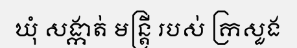
ឃុំ សង្កាត់ មន្ត្រី របស់ ក្រសួង